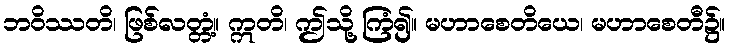
ဘဝိဿတိ၊ ဖြစ်လတ္တံ့။ ဣတိ၊ ဤသို့ ကြံ၍။ မဟာစေတိယေ၊ မဟာစေတီ၌။